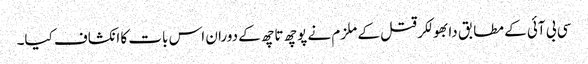
سی بی آئی کے مطابق دابھولکر قتل کے ملزم نے پوچھ تاچھ کے دوران اس بات کا انکشاف کیا۔